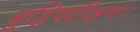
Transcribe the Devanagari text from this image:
बुद्धिपरीक्षण।